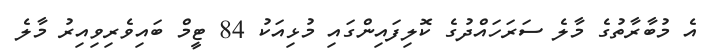
އެ މުބާރާތުގެ މާލެ ސަރަހައްދުގެ ކޮލިފައިންގައި މުޅިއަކު 84 ޓީމް ބައިވެރިވިއިރު މާލެ